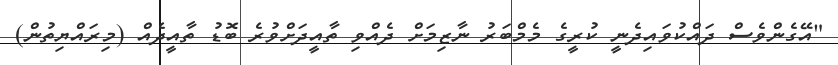
"އޭގެންވެސް ދައްކުވައިދެނީ ކުރީގެ މެމްބަރު ނާޒިމަށް ދެއްވި ތާއީދަށްވުރެ ބޮޑު ތާއީދެއް (މިރައްޔިތުން)